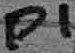
Text: P1